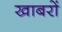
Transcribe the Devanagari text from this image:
खाबरों